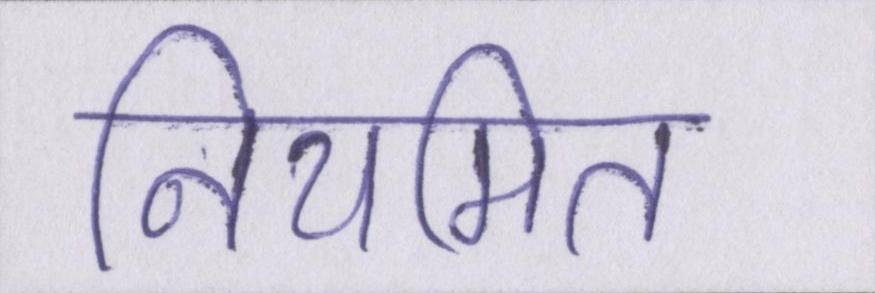
नियमित